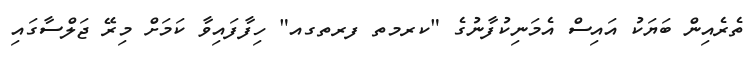
ތެރެއިން ބަޔަކު އައިސް އެމަނިކުފާނުގެ "ކރމތ ފރތގއ" ހިފާފައިވާ ކަމަށް މިރޭ ޖަލްސާގައި